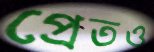
প্রেতও